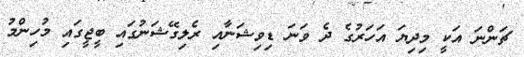
ޗަންނަ އަކީ މިދިޔަ އަހަރުގެ ދެ ވަނަ ޑިވިޝަނާއި ރެލިގޭޝަނުގައި ބީޖީގައި މުހިންމު